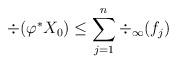
LaTeX: \begin{align*} \div(\varphi^*X_0) \le \sum_{j=1}^n{\div}_{\infty}(f_j)\end{align*}